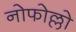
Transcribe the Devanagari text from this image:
नोफोल्लो